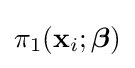
\pi _{1}(\mathbf {x} _{i};{\boldsymbol {\beta }})